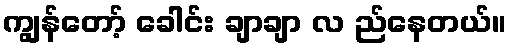
ကျွန်တော့် ခေါင်း ချာချာ လ ည်နေတယ်။